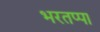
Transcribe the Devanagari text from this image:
भरतप्पा